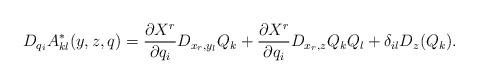
LaTeX: \begin{align*} D_{q_i}A^*_{kl}(y,z,q) &= \frac{\partial X^r}{\partial q_i}D_{x_r,y_l}Q_k+\frac{\partial X^r}{\partial q_i}D_{x_r,z}Q_k Q_l+ \delta_{il}D_z(Q_k). \end{align*}